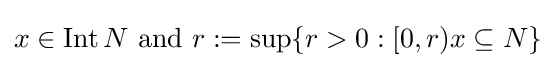
x\in \operatorname {Int} N{\text{ and }}r:=\sup\{r>0:[0,r)x\subseteq N\}